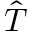
\hat { T }